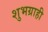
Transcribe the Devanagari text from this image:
शुभग्राही